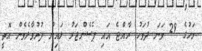
މަހުގެ 29 ވަނަ ދުވަހު ރާއްޖެ އައި ޕެސެންޖަރު ލައިން ފުރުވާލެވެން އޮތީ